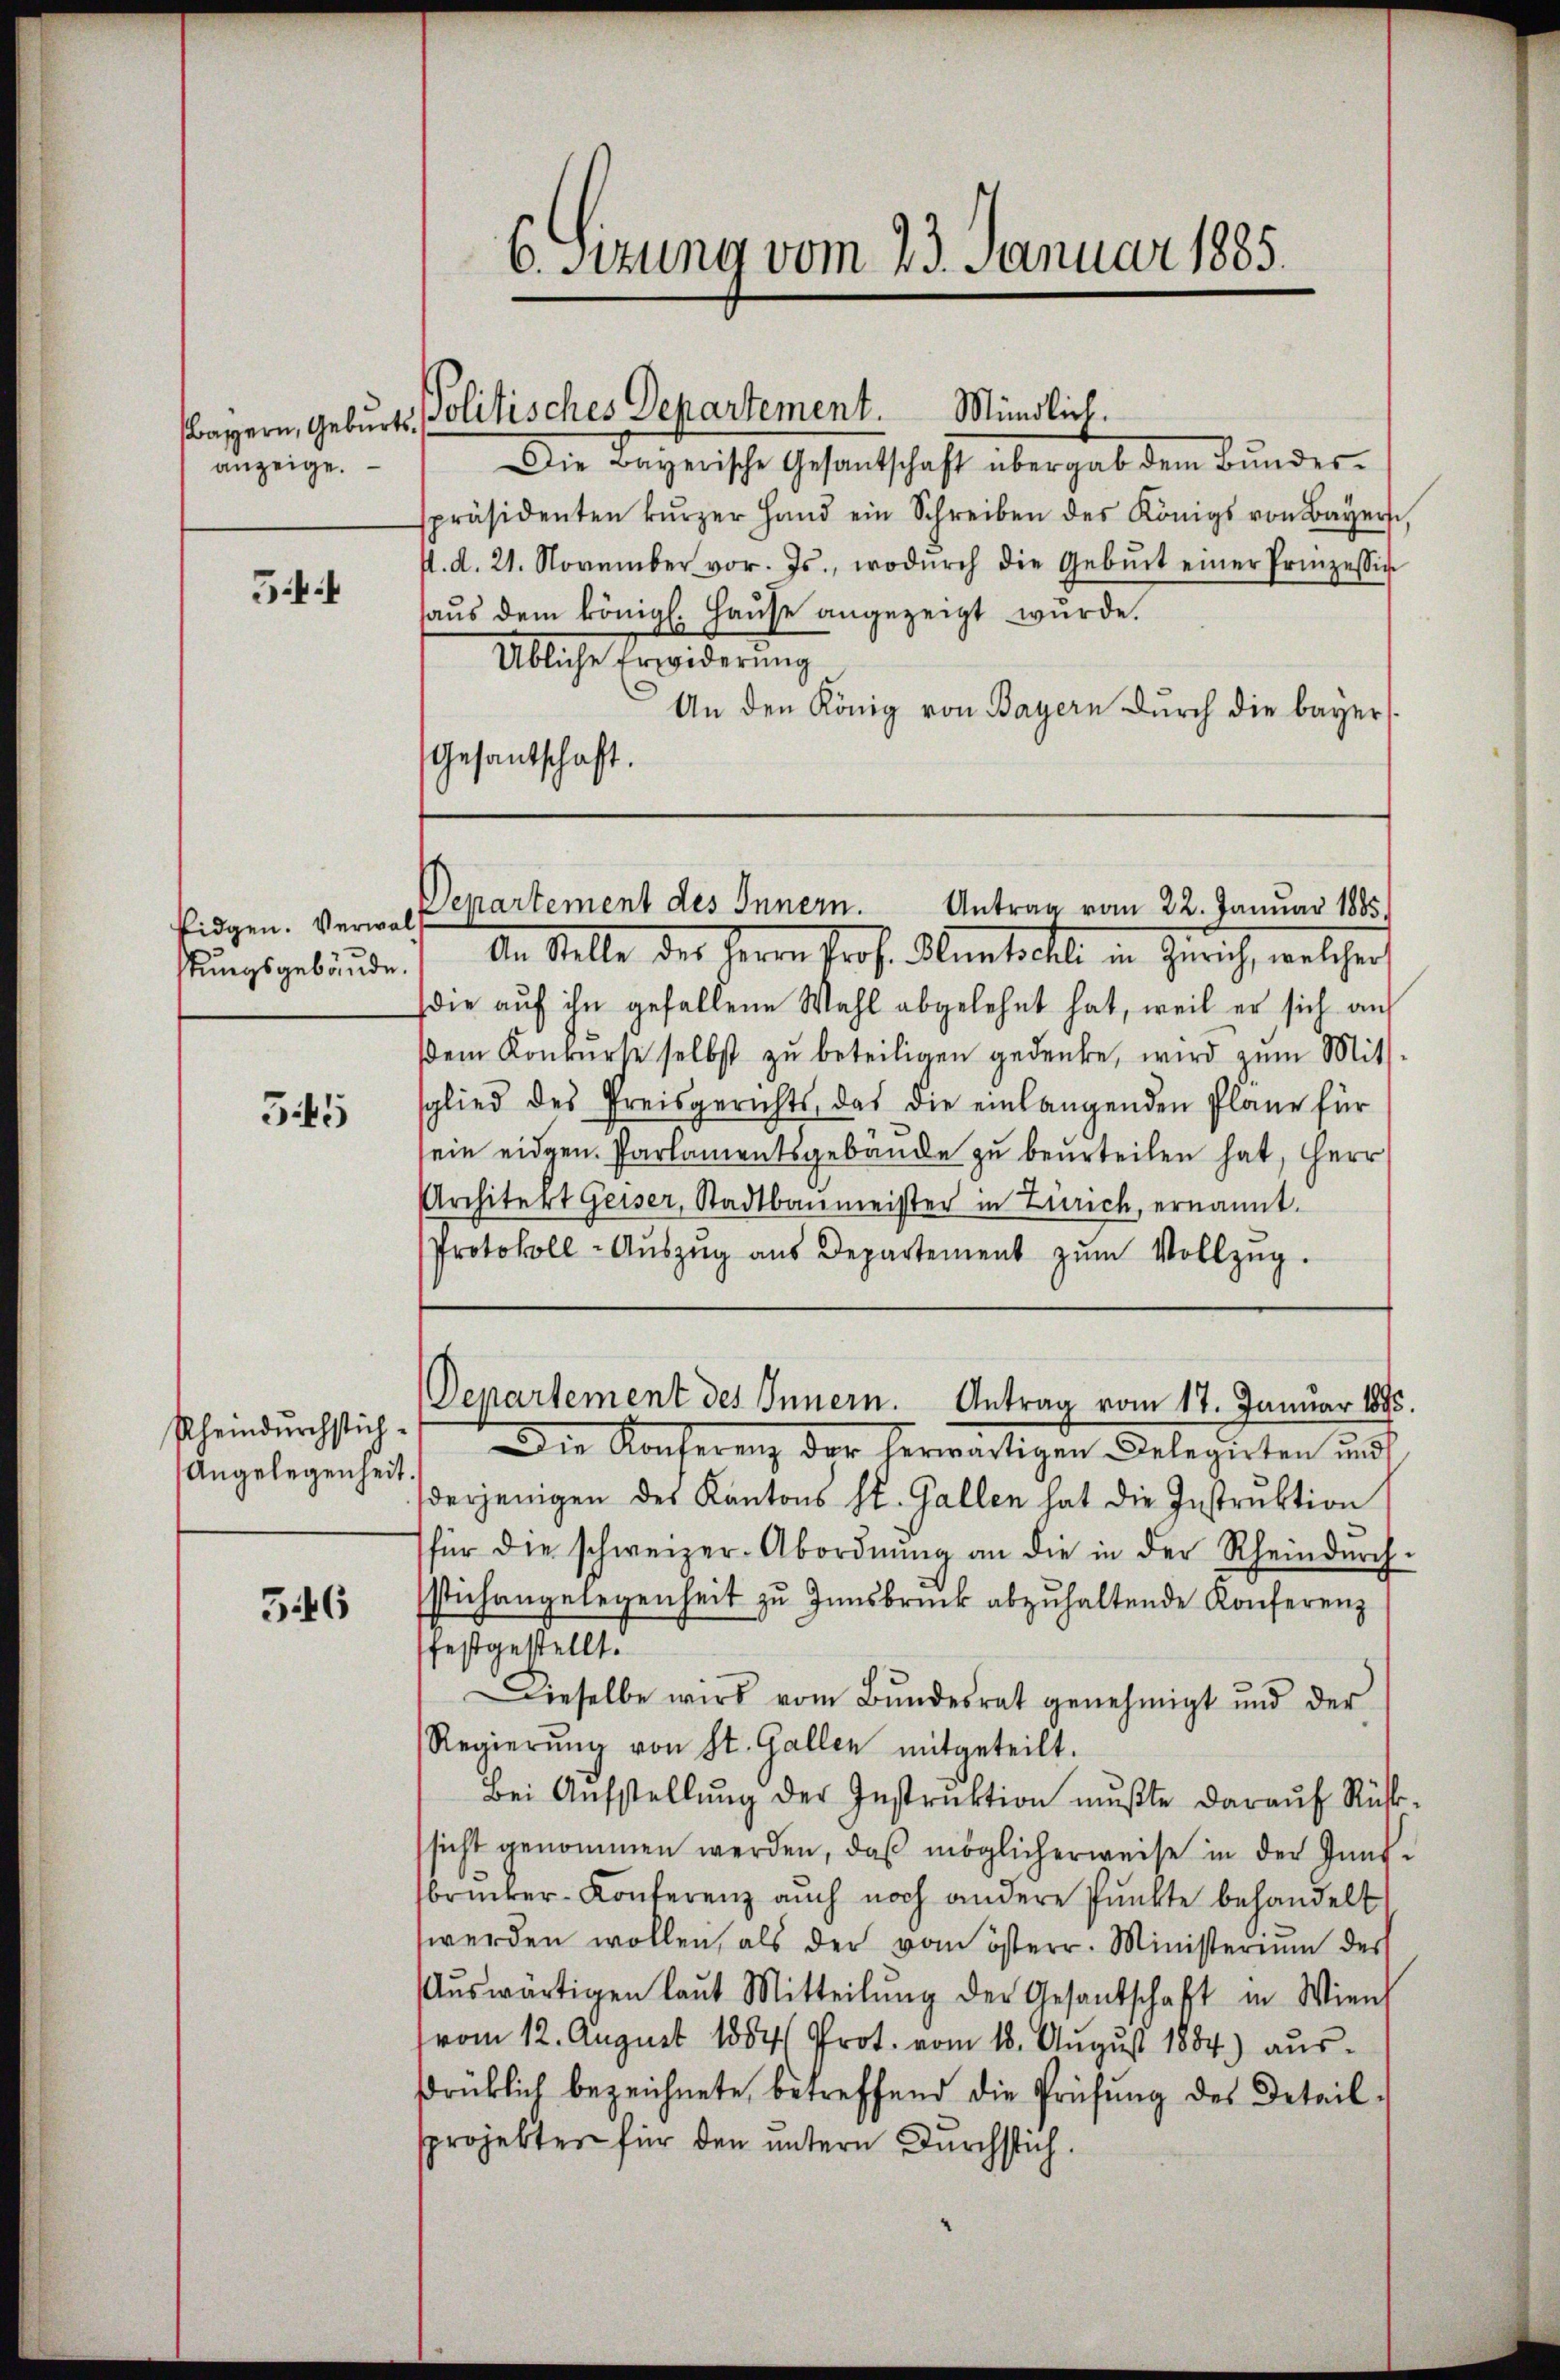
anzeige.

54

Eidgen. Verwalt
stungsgebäude.

545

Rheindurchstich¬
Angelegenheit.

546

6. Szuna vom 23. Januar 1885.

asern, Geburts Politisches Departement. Mündlich.

Die Bayerische Gesantschaft übergab dem Bundesspräsidenten kŭrzer Hand ein Schreiben des Königs von Bayer,
1. d. 21. November vor. Js., wodŭrch die Gebŭrt einer Prinzessin
haŭs dem königl. Haŭse angezeigt wurde.
Übliche Erwiderung
An den König von Bayern durch die bayer
Gesandtschaft.

Departement des Innern.
Antrag vom 22. Januar 1885.

Departement des Innern. Antrag vom 17. Januar 1895

den Stelle des Herrn Prof. Oberstelle in Zürich, welcher
(die aŭf ihn gefallene Wahl abgelehnt hat, weil er sich aus
dem Konkurse selbst zŭ beteiligen gedenke, wird zum Mit
glied des Preisgerichts, das die einlangenden Pläne für
sein eidgen. Parlamentsgebäude zu beurteilen hat, Herr
Architekt Geiser, Stadtbaumeister in Zürich, ernannt.
Protokoll-Aŭszŭg aŭs Departement zŭm Vollzŭg.
Die Konferenz der herwärtigen Delegirten und
derjenigen des Kantons St. Gallen hat die Instruktion
für die schweizer-Abordnŭng an die in der Rheindŭrch
stichangelegenheit zu Innsbruck abzuhaltende Konferenz
festgestellt.
Dieselbe wird vom Bŭndesrat genehmigt und der
Regierŭng von St. Gallen mitgeteilt.
Bei Aŭfstellŭng der Instruktion mußte darauf Rüst
sicht genommen werden, das möglicherweise in der Zünfbrucker-Konferenz auch noch andere Punkte behandelt
werden wollen, als der vom österr. Ministerium des
ŭswärtigen laŭt Mitteilŭng der Gesantschaft in Wien
(vom 12. August 1884 Prot. vom 18. August 1884) aus-
drüklich bezeichnete, betreffend die Prüfung des Detailsprojektes für den untern Durchstich.